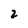
Character: 2